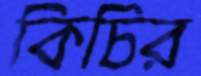
কিচির